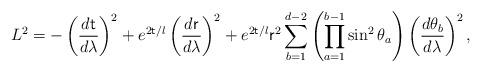
LaTeX: \begin{align*}L^{2}=-\left(\frac{d{\sf t}}{d\lambda}\right)^2+e^{2{\sf t}/l}\left(\frac{d{\sf r}}{d\lambda}\right)^2+e^{2{\sf t}/l}{\sf r}^2 \sum_{b=1}^{d-2} \left( \prod _{a=1}^{b-1} \sin ^2 \theta _{a}\right)\left( \frac{d\theta_b}{d\lambda}\right)^2 ,\end{align*}